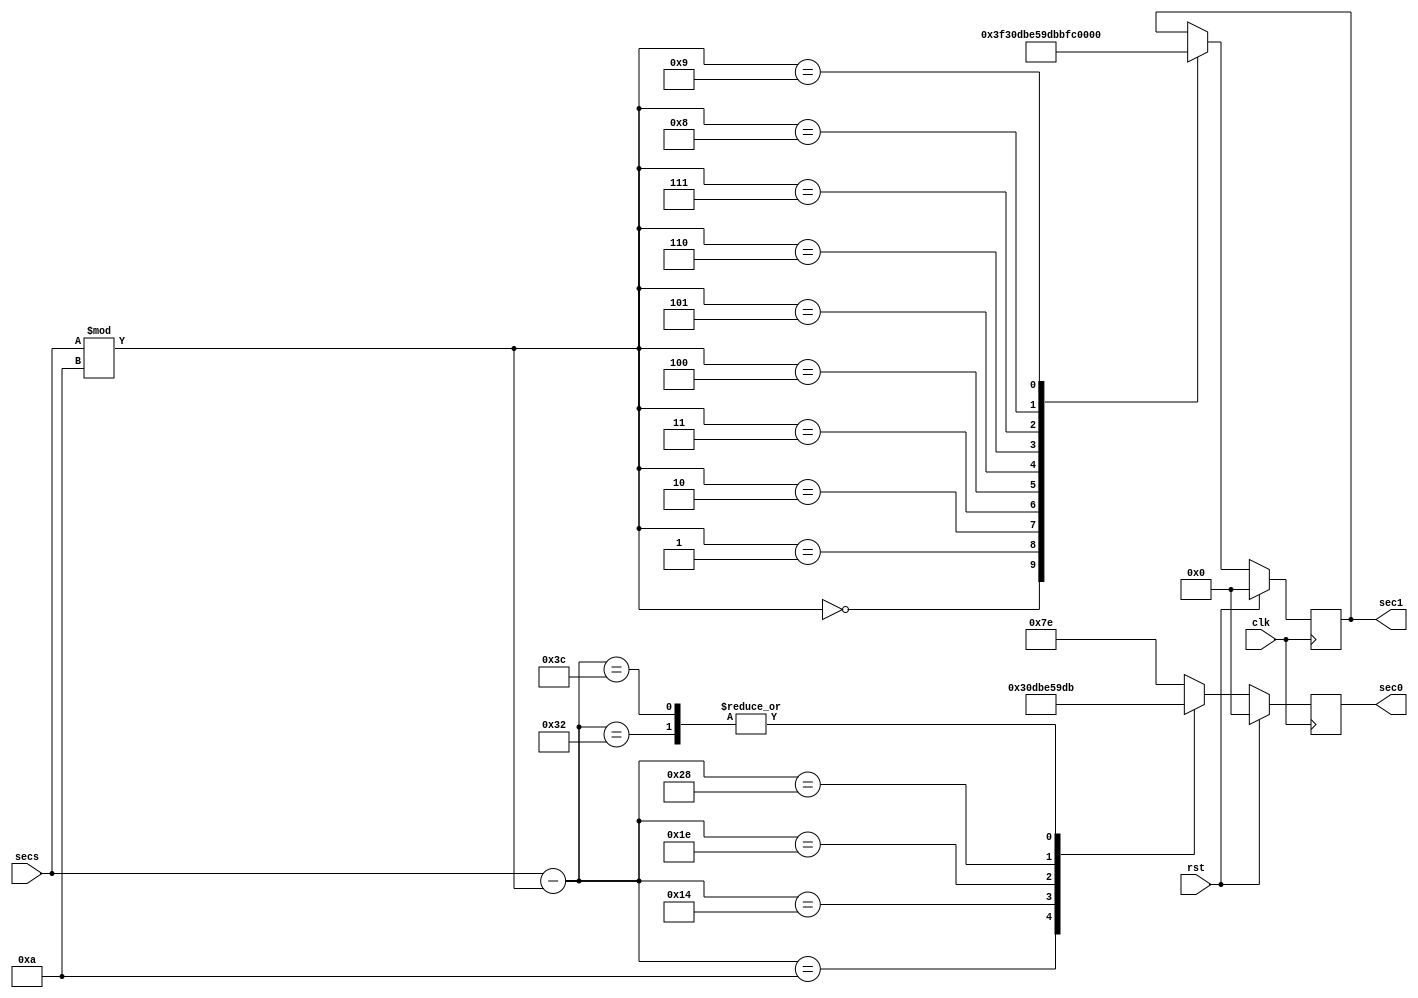
module SSD_decoder(
    input [5:0] secs,
    input clk, rst,
    output [6:0]sec0, sec1, //connected to the SSD decoders
);
    

    //digit outputs and registers
    reg [6:0] s0, s1; 
    assign sec0 = s0;
    assign sec1 = s1;

    //digit bitmask constant definitions, assuming top A numbering
    reg [6:0] digits [9:0];

    always @ (posedge clk) begin
        digits[0] = 7'b1111110;
        digits[1] = 7'b0110000;
        digits[2] = 7'b1101101;
        digits[3] = 7'b1111001;
        digits[4] = 7'b0110011;
        digits[5] = 7'b1011011;
        digits[6] = 7'b1011111;
        digits[7] = 7'b1110000;
        digits[8] = 7'b1111111;
        digits[9] = 7'b1111011;
        if (rst == 1) begin //reset
            {s0, s1} = 0;
        end
        else begin //cases for each digit
            case (secs-(secs%10))//seconds digit 0
                10      : s0 = digits[1];
                20      : s0 = digits[2];
                30      : s0 = digits[3];
                40      : s0 = digits[4];
                50      : s0 = digits[5];
                60      : s0 = digits[5];
                default : s0 = digits[0];
            endcase
            case (secs%10)//seconds digit 1
                0 : s1 = digits[0];
                1 : s1 = digits[1];
                2 : s1 = digits[2];
                3 : s1 = digits[3];
                4 : s1 = digits[4];
                5 : s1 = digits[5];
                6 : s1 = digits[6];
                7 : s1 = digits[7];
                8 : s1 = digits[8];
                9 : s1 = digits[9];
            endcase
        end
    end

endmodule